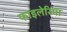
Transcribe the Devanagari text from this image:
फाइलेरिमा